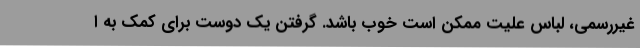
غیررسمی، لباس علیت ممکن است خوب باشد. گرفتن یک دوست برای کمک به ا